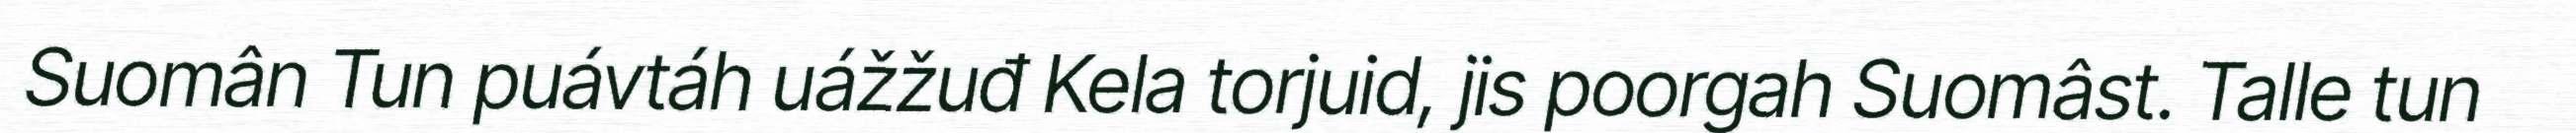
Suomân Tun puávtáh uážžuđ Kela torjuid, jis poorgah Suomâst. Talle tun